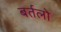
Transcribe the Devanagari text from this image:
बर्तलो